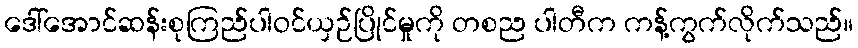
ဒေါ်အောင်ဆန်းစုကြည်ပါဝင်ယှဉ်ပြိုင်မှုကို တစည ပါတီက ကန့်ကွက်လိုက်သည်။